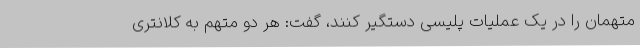
متهمان را در یک عملیات پلیسی دستگیر کنند، گفت: هر دو متهم به کلانتری